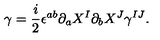
\gamma = \frac { i } { 2 } \epsilon ^ { a b } \partial _ { a } X ^ { I } \partial _ { b } X ^ { J } \gamma ^ { I J } .